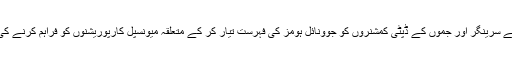
جسٹس ماگرے نے سرینگر اور جموں کے ڈپٹی کمشنروں کو جوونائل ہومز کی فہرست تیار کر کے متعلقہ میونسپل کارپوریشنوں کو فراہم کرنے کی ہدایت دی گئی ۔